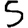
Digit: 5